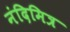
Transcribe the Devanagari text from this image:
नंदिमित्र